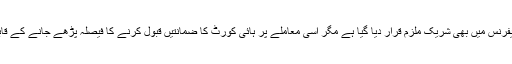
حمزہ شہباز، شہباز شریف کے ساتھ رمضان شوگر ملز کے ایک ریفرنس میں بھی شریک ملزم قرار دیا گیا ہے مگر اسی معاملے پر ہائی کورٹ کا ضمانتیں قبول کرنے کا فیصلہ پڑھے جانے کے قابل ہے جو ہمارے احتساب کے عمل کا پول کھول کے رکھ دیتا ہے۔